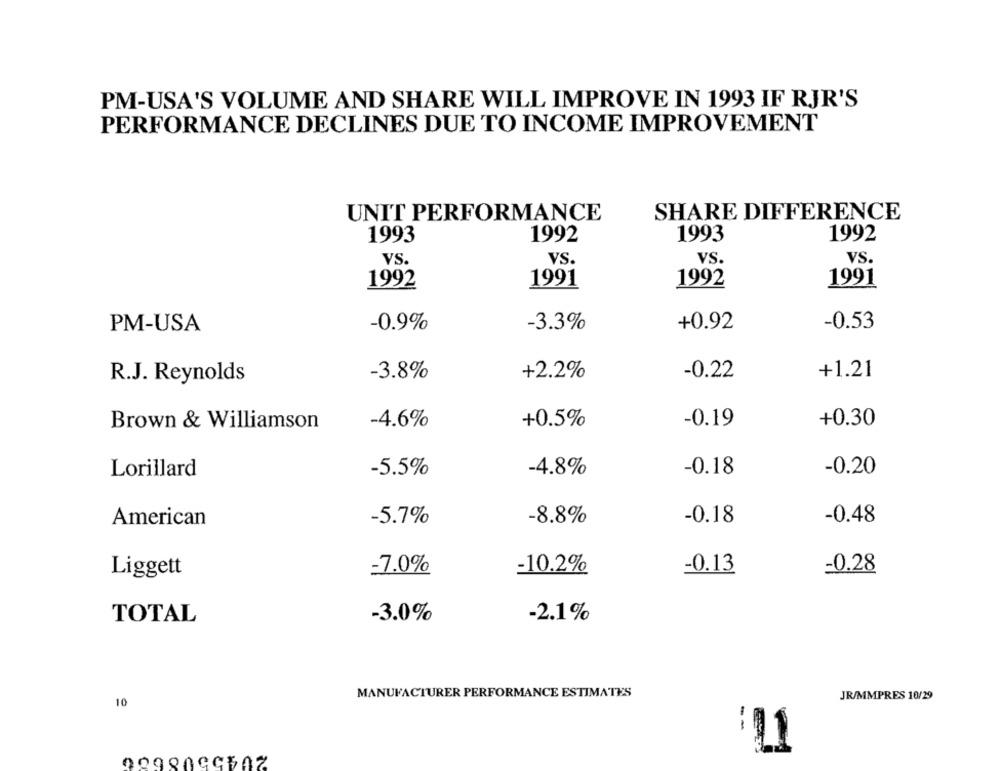
PM-USA'S VOLUME AND SHARE WILL IMPROVE IN 1993 IF RJR'S
PERFORMANCE DECLINES DUE TO INCOME IMPROVEMENT
SHARE DIFFERENCE
UNIT PERFORMANCE
1993
1992
1993
1992
VS.
VS.
VS.
VS.
1992
1991
1992
1991
-0.53
PM-USA
-0.9%
-3.3%
+0.92
R.J. Reynolds
-3.8%
+2.2%
-0.22
+1.21
-4.6%
+0.5%
-0.19
+0.30
Brown & Williamson
-5.5%
-0.18
-0.20
Lorillard
-4.8%
American
-5.7%
-8.8%
-0.18
-0.48
-7.0%
-10.2%
-0.13
-0.28
Liggett
-3.0%
-2.1%
TOTAL
MANUFACTURER PERFORMANCE ESTIMATES
JR/MMPRES 10/29
10
'11